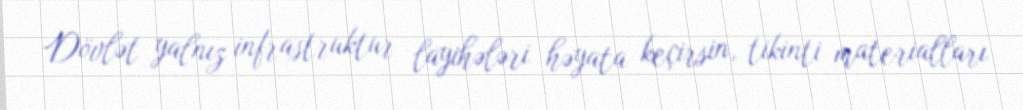
Dövlət yalnız infrastruktur layihələri həyata keçirsin, tikinti materialları